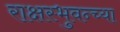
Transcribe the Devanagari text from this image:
राक्षस्भुवन्च्या